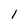
Character: l